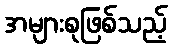
အများစုဖြစ်သည့်